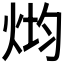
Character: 𰞢